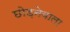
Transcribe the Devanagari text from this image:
छोड़नेवाला